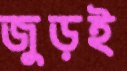
জুড়ই